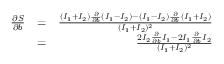
\begin{array} { r l r } { \frac { \partial S } { \partial b } } & { = } & { \frac { ( I _ { 1 } + I _ { 2 } ) \frac { \partial } { \partial b } ( I _ { 1 } - I _ { 2 } ) - ( I _ { 1 } - I _ { 2 } ) \frac { \partial } { \partial b } ( I _ { 1 } + I _ { 2 } ) } { ( I _ { 1 } + I _ { 2 } ) ^ { 2 } } } \\ & { = } & { \frac { 2 I _ { 2 } \frac { \partial } { \partial b } I _ { 1 } - 2 I _ { 1 } \frac { \partial } { \partial b } I _ { 2 } } { ( I _ { 1 } + I _ { 2 } ) ^ { 2 } } } \end{array}